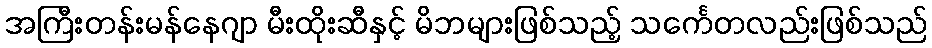
အကြီးတန်းမန်နေဂျာ မီးထိုးဆီနှင့် မိဘများဖြစ်သည့် သင်္ကေတလည်းဖြစ်သည်